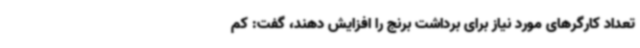
تعداد کارگرهای مورد نیاز برای برداشت برنج را افزایش دهند، گفت: کم